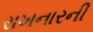
રાખનારની